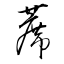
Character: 蓆